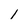
Character: l